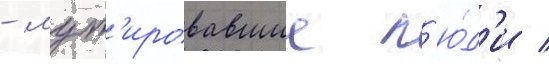
- мут'ировавшие л'ю́д'и /